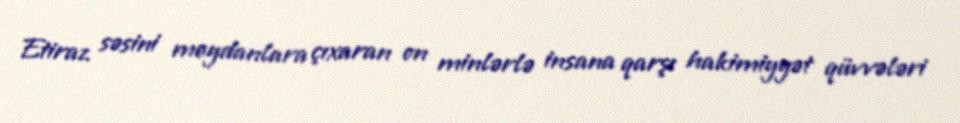
Etiraz səsini meydanlara çıxaran on minlərlə insana qarşı hakimiyyət qüvvələri